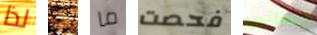
لذا إذا ما فحصت اعطاني